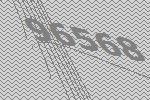
96568